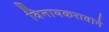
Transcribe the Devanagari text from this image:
विनायकरावाने